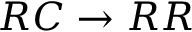
R C \to R R